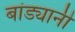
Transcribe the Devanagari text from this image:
बांड्यानी